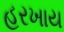
હરખાય